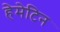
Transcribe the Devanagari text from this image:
हेमेटिन